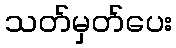
သတ်မှတ်ပေး